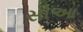
સીઆ